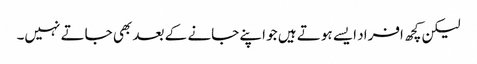
لیکن کچھ افراد ایسے ہوتے ہیں جو اپنے جانے کے بعد بھی جاتے نہیں۔